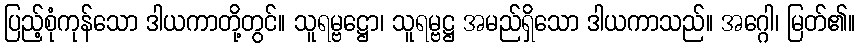
ပြည့်စုံကုန်သော ဒါယကာတို့တွင်။ သူရမ္ဗဋ္ဌော၊ သူရမ္ဗဋ္ဌ အမည်ရှိသော ဒါယကာသည်။ အဂ္ဂေါ၊ မြတ်၏။